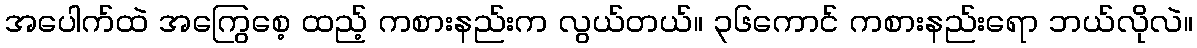
အပေါက်ထဲ အကြွေစေ့ ထည့် ကစားနည်းက လွယ်တယ်။ ၃၆ကောင် ကစားနည်းရော ဘယ်လိုလဲ။